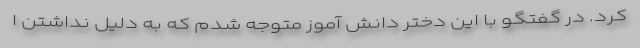
کرد. در گفتگو با این دختر دانش آموز متوجه شدم که به دلیل نداشتن ا